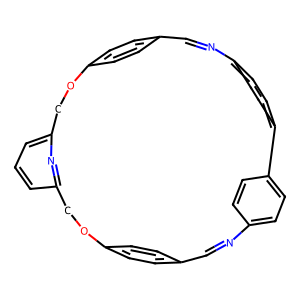
SMILES: C1=Nc2ccc(cc2)-c2ccc(cc2)N=Cc2ccc(cc2)OCc2cccc(n2)COc2ccc1cc2
Inhibits HIV replication: No